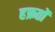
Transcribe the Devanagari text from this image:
हफ्रतों